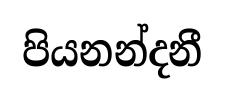
පියනන්දනී